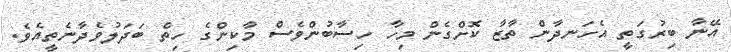
އޭނާ ބިރުގަތީ އެހަނދާން ތާޒާ ކޮށްގެން މިހާ ހިސާބުންވެސް މާކިންގެ ހިތް ބަދަލުވެދާނެތީއެވެ.